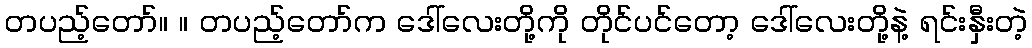
တပည့်တော်။ ။ တပည့်တော်က ဒေါ်လေးတို့ကို တိုင်ပင်တော့ ဒေါ်လေးတို့နဲ့ ရင်းနှီးတဲ့